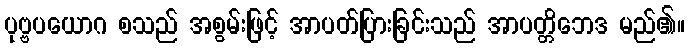
ပုဗ္ဗပယောဂ စသည် အစွမ်းဖြင့် အာပတ်ပြားခြင်းသည် အာပတ္တိဘေဒ မည်၏။